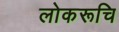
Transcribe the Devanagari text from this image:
लोकरूचि